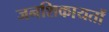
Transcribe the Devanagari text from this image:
जनशिकायतों